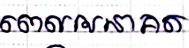
ពេលអនាគត